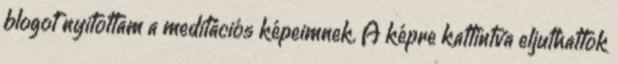
blogot nyitottam a meditációs képeimnek. A képre kattintva eljuthattok